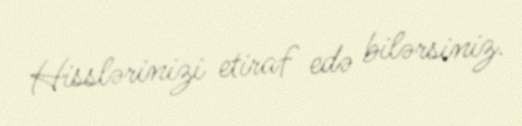
Hisslərinizi etiraf edə bilərsiniz.